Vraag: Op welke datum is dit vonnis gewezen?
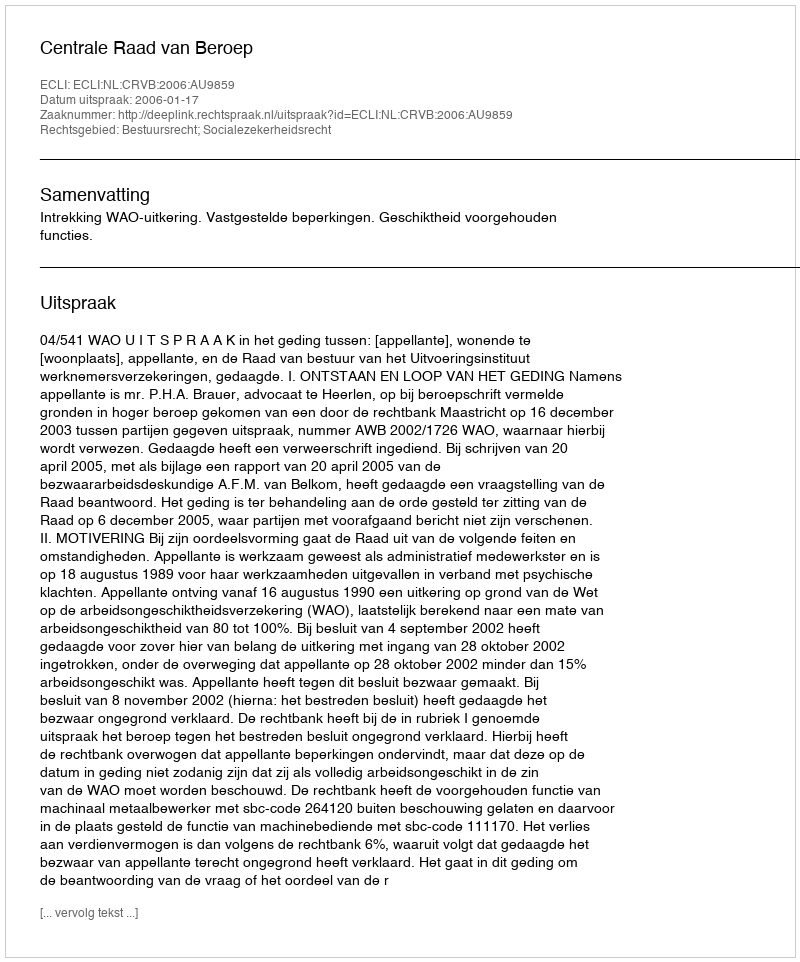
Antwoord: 2006-01-17